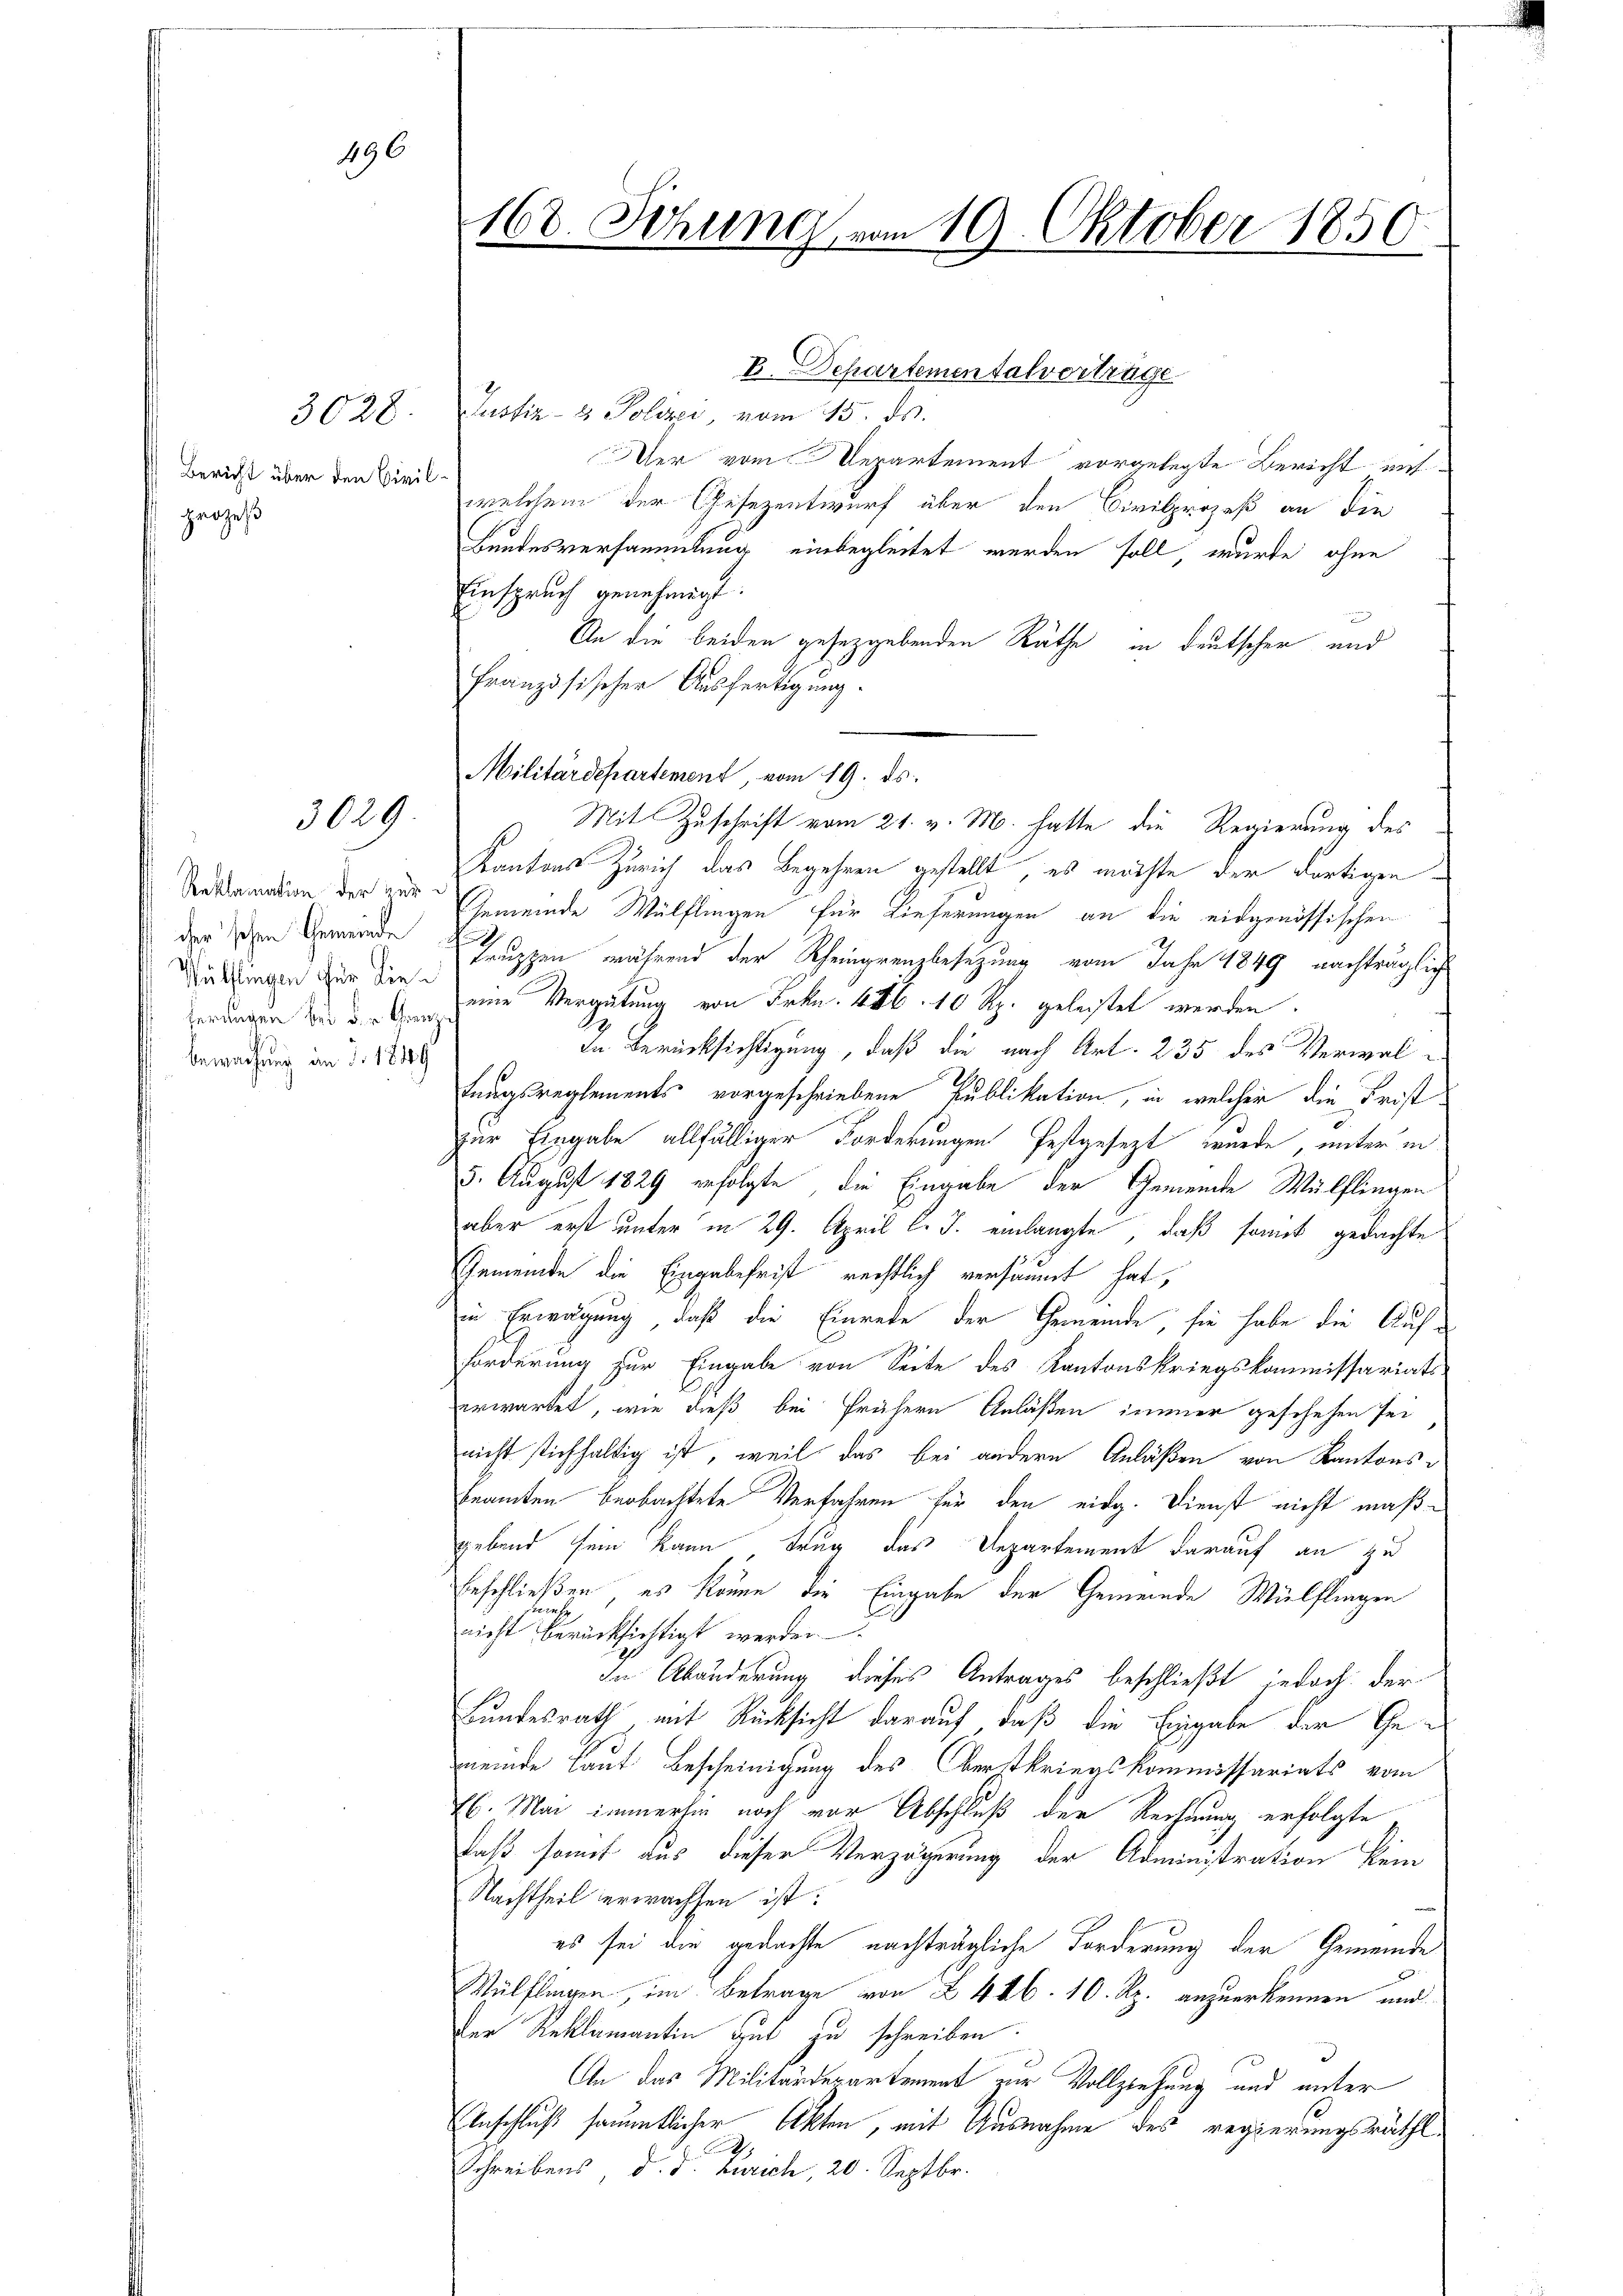
prozeß

496

3028.
Bericht über den Civil

3029

Reklamation der zercher schen Gemeinde
Wülflingen für dieferungen bei u. v. Grenbewachung an d. 1849

168. Sitzung vom 19. Oktober 1850.

Justiz- & Polizei, vom 15. ds.
Der vom Departement vorgelegte Bericht entw
welchem der Gesezentwurf über den Civilprozeß an die
Bundesversammlung einbegleitet werden soll, wurde ohne
Einspruch genehmigt.
An die beiden gesetzgebenden Räthe in deutscher und
Französischer Ausfertigung.
Militärdepartement vom 19. ds.
Mit Zuschrift vom 24. v. M. hatte die Regierung des
Kantons Zürich das Begehren gestellt, es möchte der dortigen
Gemeinde Wülflingen für Lieferungen an die eidgenössischen

1
truppen, während der Rheingrenzbesezung vom Jahr 1849 nachträglich
eine Vergütung von Frkn. 486. 10 Rp. geleistet werden.
In Berücksichtigung, daß die nach Art. 235 des Verwaltungsreglements vorgeschriebene Publikation, in welcher die Frist
zur Eingabe allfälliger Forderungen festgesezt wurde, unter in
5. August 1829 erfolgte, die Eingabe der Gemeinde Wülflingen
aber erst unter in 29. April l. J. einlangte, daß somit gedachte
Gemeinde die Eingabefrist rechtlich versäumt hat,
in Erwägung, daß die Einrede der Gemeinde, sie habe die Auf¬
Forderung zur Eingabe von Seite des Kantonskriegskommissariats-
erwartet, wie dieß bei frühern Anläßen immer geschehen sei
nicht stichhaltig ist, weil das bei andern Anläßen von Kantonsbeamten beobachtete Verfahren für den eidg. Dienst nicht maßgebend sein kann trug das Departement darauf an zu
Erschließen, es könne die Eingabe der Gemeinde Wülflingen
h
nicht berücksichtigt werden
In Abänderung dieses Antrages beschließt jedoch der
Bundesrath mit Rücksicht darauf, daß die Eingabe der Gemeinde laut Bescheinigung des Oberstkriegskommissariats vom
El. Mai immerhin noch vor Abschluß der Rechnung erfolgte
daß somit aus dieser Verzögerung der Administration kein
Nachtheil erwachsen ist:
es sei die gedachte nachträgliche Forderung der Gemeinde
Wülflingen im Betrage von § 446. 10. Rp. anzuerkennen und
Der Reklamantin gut zu schreiben.
An das Militärdepartement zur Vollziehung und unter
Einschluß sämmtlicher Akten, mit Ausnahme des regierungsräthl.
F
Schreibens d. J. Zürich, 20. Septbr.

E. Departementalvertrage